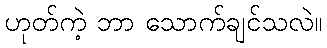
ဟုတ်ကဲ့ ဘာ သောက်ချင်သလဲ။